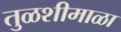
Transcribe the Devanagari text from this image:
तुळशीमाळा